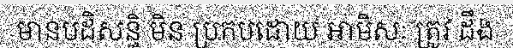
មានបដិសន្ធិ មិន ប្រកបដោយ អាមិសៈ ត្រូវ ដឹង